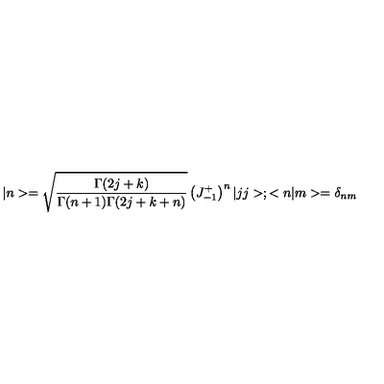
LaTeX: | n > = \sqrt { \frac { \Gamma ( 2 j + k ) } { \Gamma ( n + 1 ) \Gamma ( 2 j + k + n ) } } \left( J _ { - 1 } ^ { + } \right) ^ { n } | j j > ; < n | m > = \delta _ { n m }